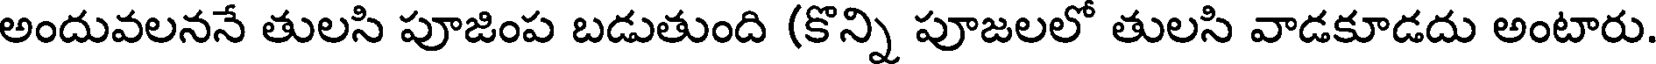
అందువలననే తులసి పూజింప బడుతుంది (కొన్ని పూజలలో తులసి వాడకూడదు అంటారు.